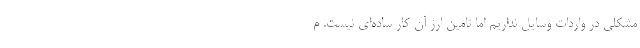
مشکلی در واردات وسایل نداریم اما تامین ارز آن کار ساده‌ای نیست. م